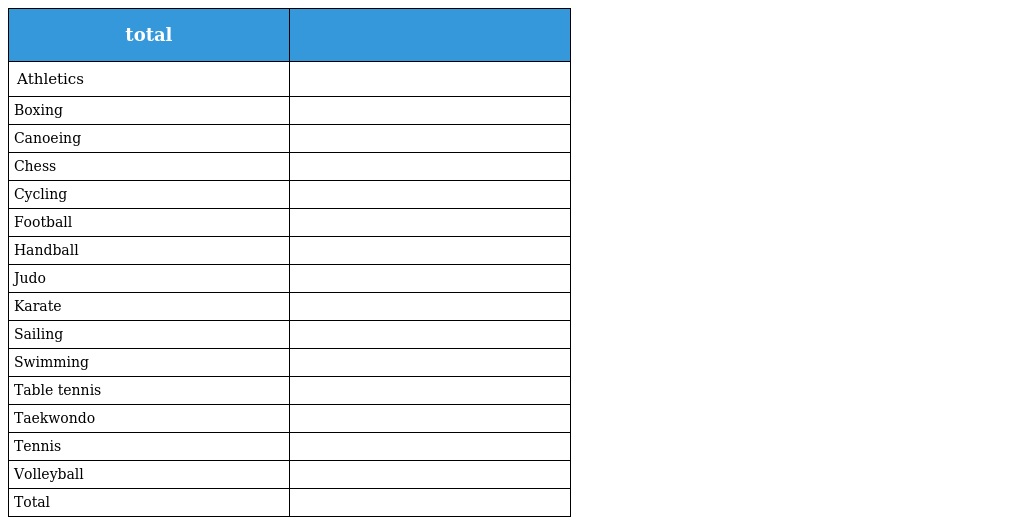
| total |  |
 | --- | --- |
 | Athletics |  |
 | Boxing |  |
 | Canoeing |  |
 | Chess |  |
 | Cycling |  |
 | Football |  |
 | Handball |  |
 | Judo |  |
 | Karate |  |
 | Sailing |  |
 | Swimming |  |
 | Table tennis |  |
 | Taekwondo |  |
 | Tennis |  |
 | Volleyball |  |
 | Total |  |